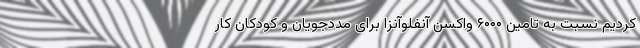
کردیم نسبت به تامین ۶۰۰۰ واکسن آنفلوآنزا برای مددجویان و کودکان کار